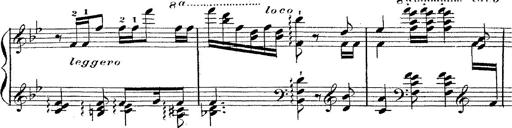
Title: 12 Lieder von Franz Schubert
Composer: Franz Liszt